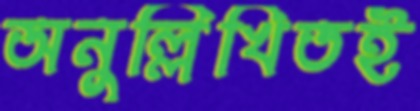
অনুল্লিখিতই